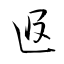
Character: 﨤